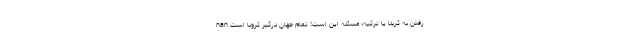
nan رفتن به کربلا یا ترکیه؛ مسئله این است! تمام جهان درگیر کرونا است